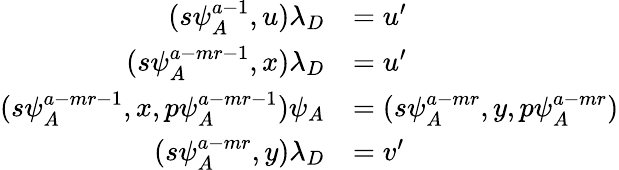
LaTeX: \begin{array}{rl}{(s\psi_{A}^{a-1},u)\lambda_{D}}&{=u^{\prime}}\\ {(s\psi_{A}^{a-mr-1},x)\lambda_{D}}&{=u^{\prime}}\\ {(s\psi_{A}^{a-mr-1},x,p\psi_{A}^{a-mr-1})\psi_{A}}&{=(s\psi_{A}^{a-mr},y,p\psi_{A}^{a-mr})}\\ {(s\psi_{A}^{a-mr},y)\lambda_{D}}&{=v^{\prime}}\end{array}